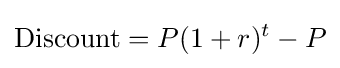
{\text{Discount}}=P(1+r)^{t}-P